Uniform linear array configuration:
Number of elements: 12
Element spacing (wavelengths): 0.25
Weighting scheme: uniform
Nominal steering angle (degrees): -45
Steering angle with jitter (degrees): -43.523
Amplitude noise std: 0.05
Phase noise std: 0.05

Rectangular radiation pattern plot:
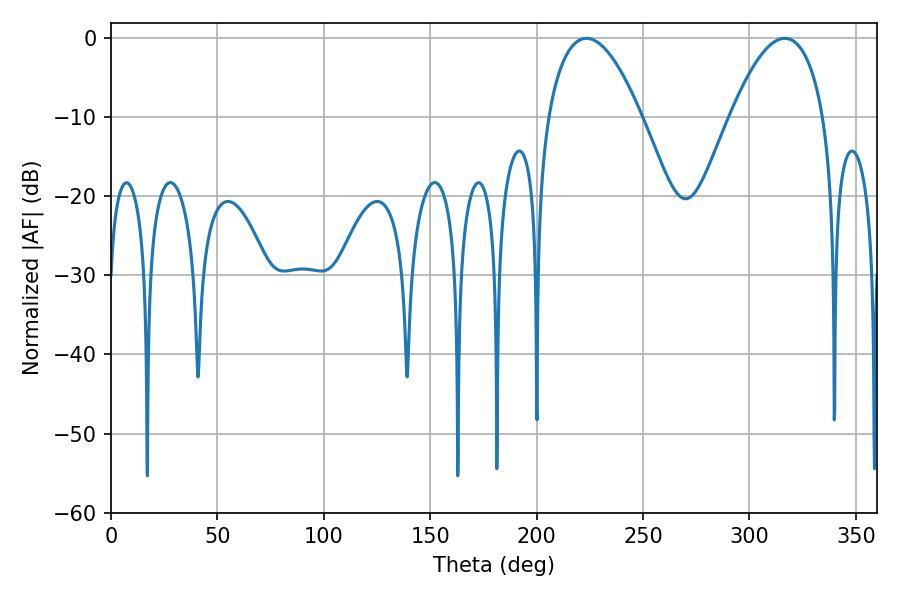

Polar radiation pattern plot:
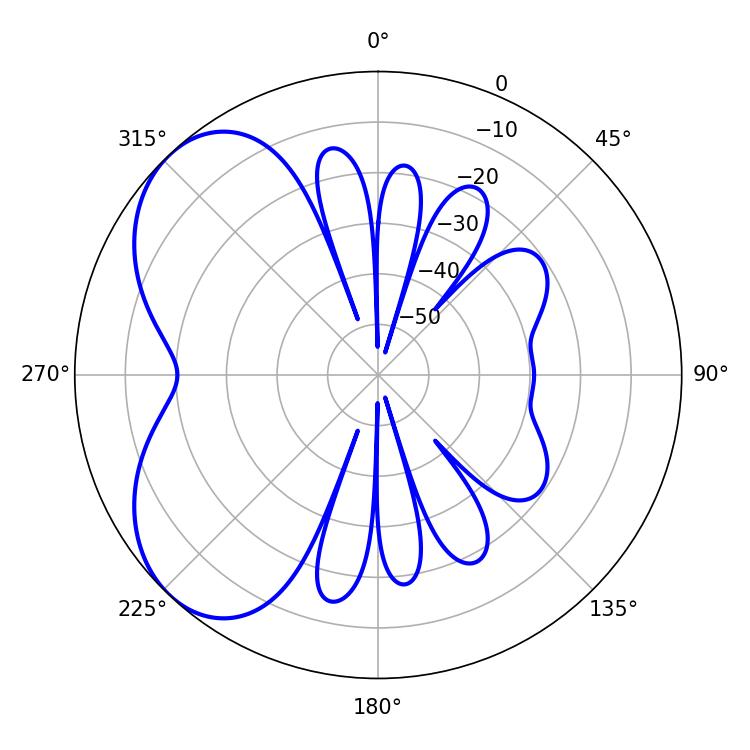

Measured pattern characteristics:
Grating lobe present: FALSE
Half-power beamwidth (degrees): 24.3
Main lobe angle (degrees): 223.38